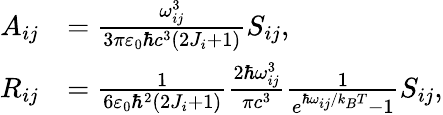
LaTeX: \begin{array}{rl}{A_{ij}}&{=\frac{\omega_{ij}^{3}}{3\pi\varepsilon_{0}\hbar c^{3}(2J_{i}+1)}S_{ij},}\\ {R_{ij}}&{=\frac{1}{6\varepsilon_{0}\hbar^{2}(2J_{i}+1)}\frac{2\hbar\omega_{ij}^{3}}{\pi c^{3}}\frac{1}{e^{\hbar\omega_{ij}/k_{B}T}-1}S_{ij},}\end{array}